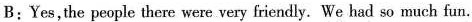
B:Yes,the people there were very friendy. We had so much fun.